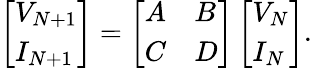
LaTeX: \left[\begin{array}{l}{V_{N+1}}\\ {I_{N+1}}\end{array}\right]=\left[\begin{array}{ll}{A}&{B}\\ {C}&{D}\end{array}\right]\left[\begin{array}{l}{V_{N}}\\ {I_{N}}\end{array}\right].